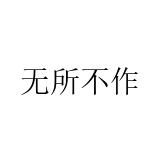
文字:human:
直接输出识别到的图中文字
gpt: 无所不作